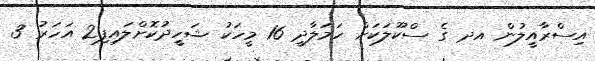
އިސްރާއީލުން އދ ގެ ސްކޫލަކަށް ހަމަލާދީ 16 މީހަކު ޝަހީދުކޮށްލައިފި2 އަހަރު 3